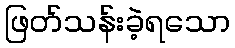
ဖြတ်သန်းခဲ့ရသော